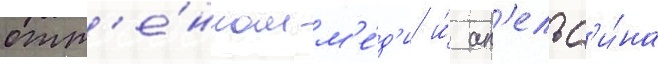
отт'е́нком м'е́д'и и́ ап'ельс'и́на